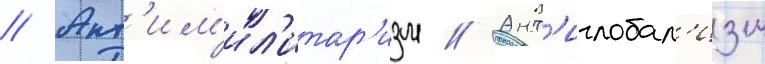
// Ант'им'ил'итар'изм // Ант'иглобал'изм